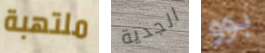
ملتهبة الجدية بوو